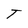
Character: T